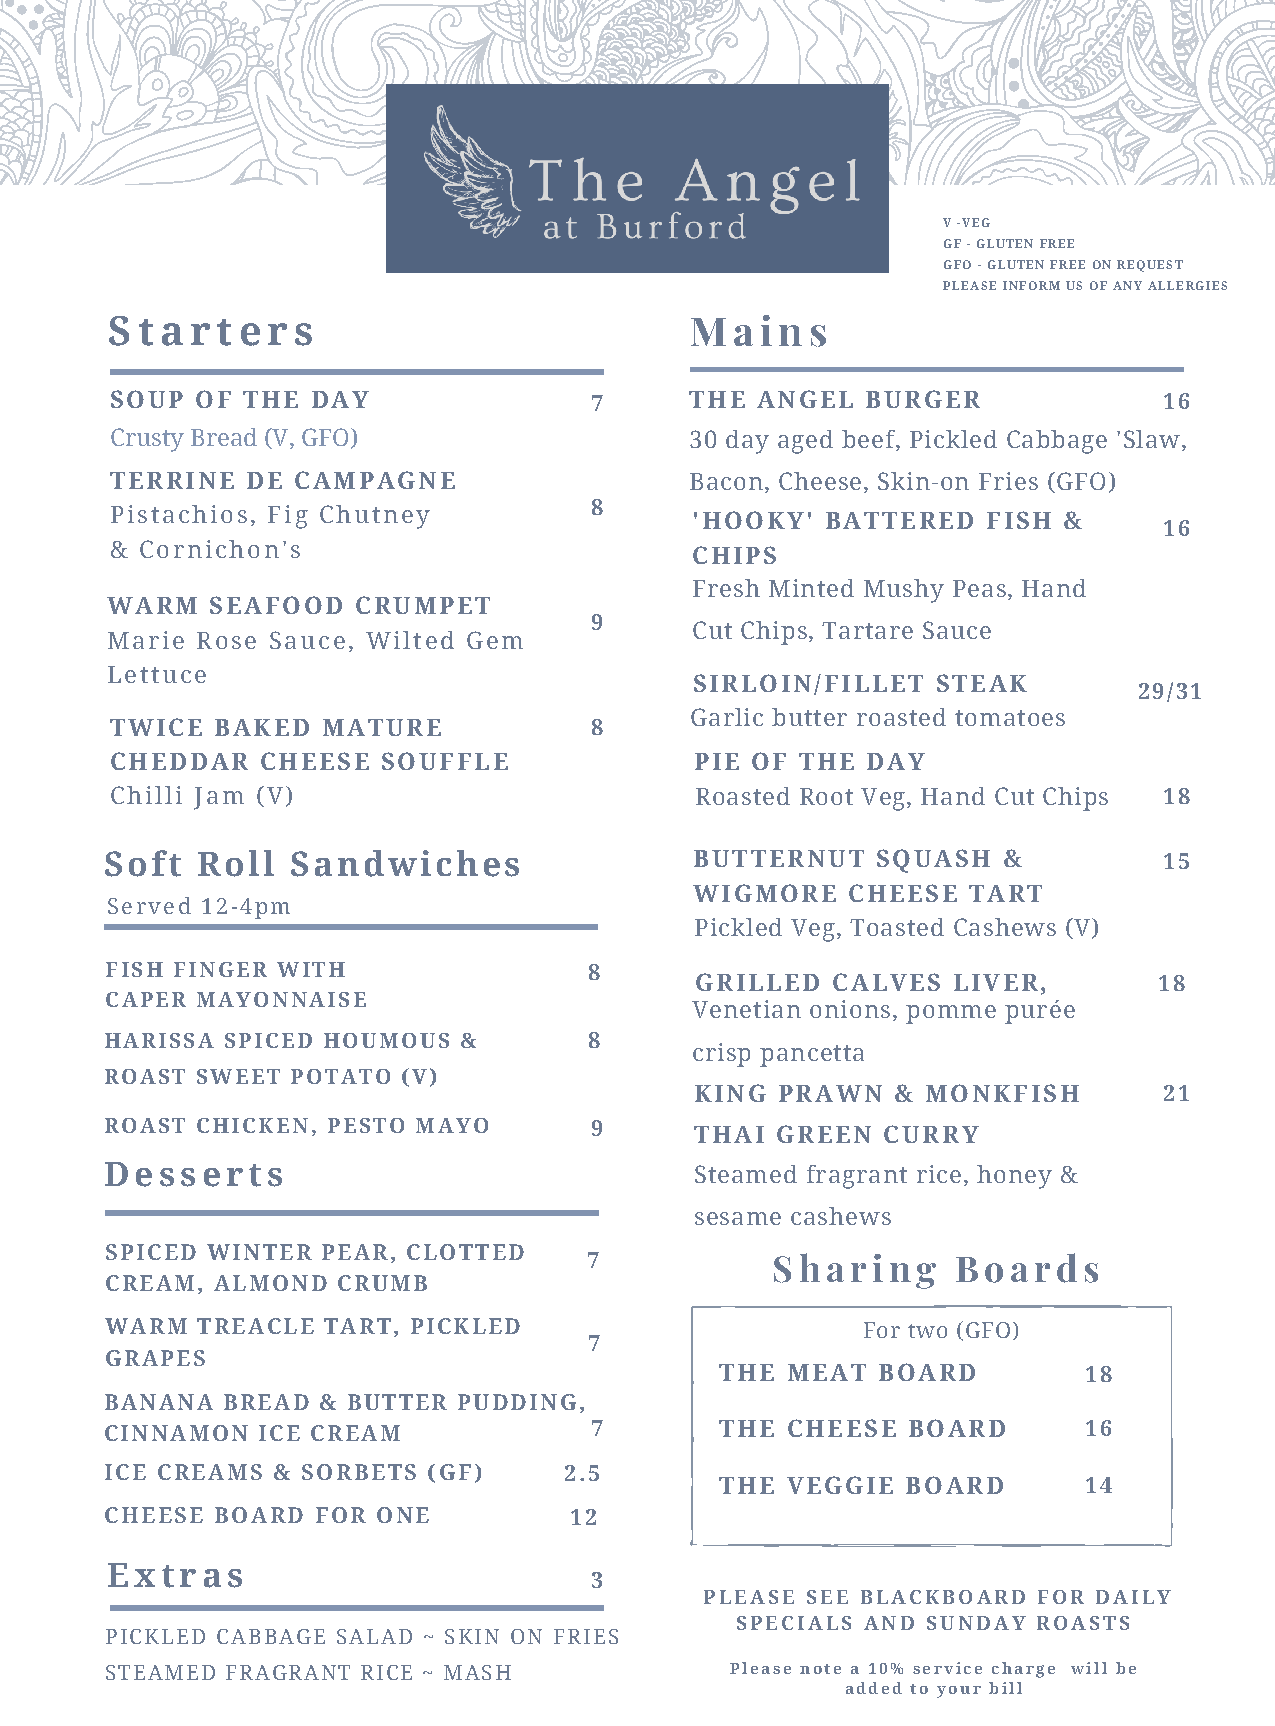
V -VEG
 GF - GLUTEN FREE
 GFO - GLUTEN FREE ON REQUEST
 PLEASE INFORM US OF ANY ALLERGIES
 Starters                               Mains
 SOUP  OF THE  DAY               7      THE ANGEL  BURGER              16
 Crusty Bread (V, GFO)                  30 day aged beef, Pickled Cabbage 'Slaw,
 TERRINE  DE CAMPAGNE                   Bacon, Cheese, Skin-on Fries (GFO)
 8
 Pistachios, Fig Chutney
 'HOOKY'  BATTERED  FISH &
 16
 & Cornichon's
 CHIPS
 Fresh Minted Mushy Peas, Hand
 WARM   SEAFOOD   CRUMPET
 9
 Cut Chips, Tartare Sauce
 Marie Rose Sauce, Wilted Gem
 Lettuce
 SIRLOIN/FILLET  STEAK
 29/31
 Garlic butter roasted tomatoes
 TWICE  BAKED  MATURE            8
 CHEDDAR   CHEESE  SOUFFLE              PIE OF THE DAY
 Chilli Jam (V)                         Roasted Root Veg, Hand Cut Chips 18
 Soft  Roll  Sandwiches                 BUTTERNUT   SQUASH  &          15
 WIGMORE   CHEESE  TART
 Served 12-4pm
 Pickled Veg, Toasted Cashews (V)
 FISH FINGER WITH                8
 GRILLED  CALVES  LIVER,        18
 CAPER MAYONNAISE
 Venetian onions, pomme purée
 HARISSA SPICED HOUMOUS &        8
 crisp pancetta
 ROAST SWEET POTATO  (V)
 KING PRAWN   & MONKFISH        21
 ROAST CHICKEN, PESTO MAYO       9
 THAI GREEN  CURRY
 Desserts                               Steamed fragrant rice, honey &
 sesame cashews
 SPICED WINTER PEAR, CLOTTED
 7           Sharing     Boards
 CREAM, ALMOND  CRUMB
 WARM  TREACLE TART, PICKLED                       For two (GFO)
 7
 GRAPES
 THE MEAT  BOARD         18
 BANANA  BREAD & BUTTER PUDDING,
 CINNAMON  ICE CREAM             7        THE CHEESE  BOARD       16
 ICE CREAMS & SORBETS (GF)     2.5
 THE VEGGIE  BOARD       14
 CHEESE BOARD  FOR ONE          12
 Extras
 3
 PLEASE SEE BLACKBOARD FOR DAILY
 SPECIALS AND SUNDAY ROASTS
 PICKLED CABBAGE SALAD ~ SKIN ON FRIES
 STEAMED FRAGRANT RICE ~ MASH             Please note a 10% service charge will be
 added to your bill